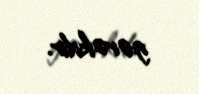
gərəkdir.